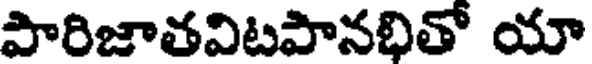
పారిజాతవిటపానభితో యా